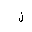
Letter: _lam